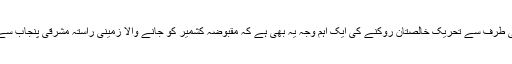
بھارتی حکومت کی طرف سے تحریک خالصتان روکنے کی ایک اہم وجہ یہ بھی ہے کہ مقبوضہ کشمیر کو جانے والا زمینی راستہ مشرقی پنجاب سے ہو کر گزرتا ہے۔